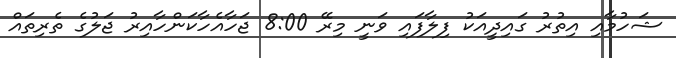
ޝަހުމާއި އިތުރު ގައިދީއަކު ފިލާފައި ވަނީ މިރޭ 8:00 ޖަހާއެހާކަންހާއިރު ޖަލުގެ ތެރިތައް